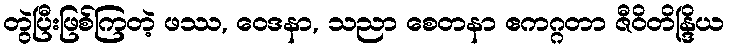
တွဲပြီးဖြစ်ကြတဲ့ ဖဿ, ဝေဒနာ, သညာ စေတနာ ဧကဂ္ဂတာ ဇီဝိတိန္ဒြိယ